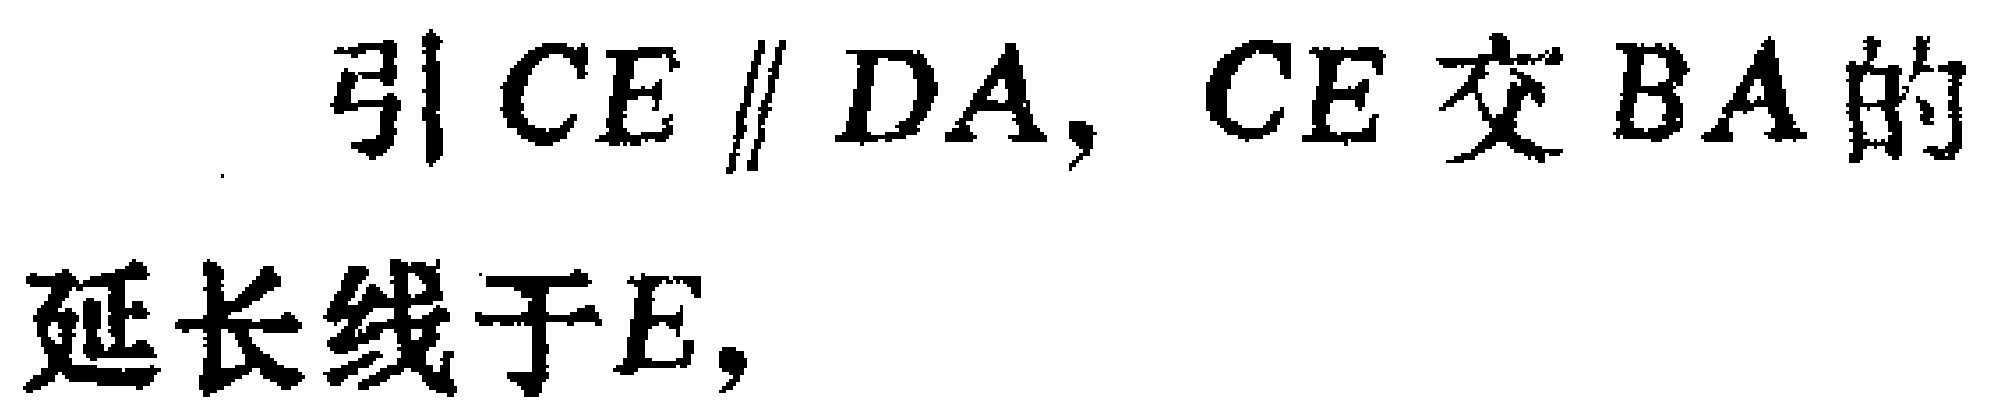
引\(CE \parallel DA\)，\(CE\)交\(BA\)的延长线于\(E\)，